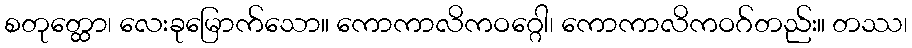
စတုတ္ထော၊ လေးခုမြောက်သော။ ကောကာလိကဝဂ္ဂေါ၊ ကောကာလိကဝဂ်တည်း။ တဿ၊